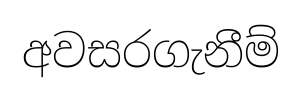
අවසරගැනීම්